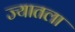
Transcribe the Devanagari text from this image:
ज्यातला